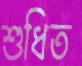
শুধিত